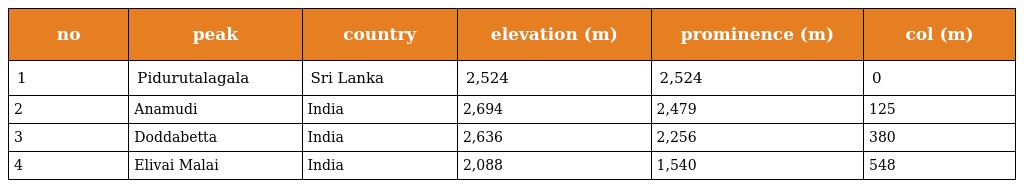
| no | peak | country | elevation (m) | prominence (m) | col (m) |
 | --- | --- | --- | --- | --- | --- |
 | 1 | Pidurutalagala | Sri Lanka | 2,524 | 2,524 | 0 |
 | 2 | Anamudi | India | 2,694 | 2,479 | 125 |
 | 3 | Doddabetta | India | 2,636 | 2,256 | 380 |
 | 4 | Elivai Malai | India | 2,088 | 1,540 | 548 |